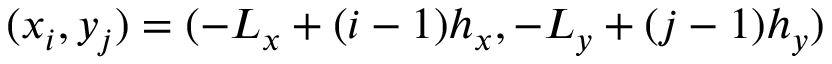
( x _ { i } , y _ { j } ) = ( - L _ { x } + ( i - 1 ) h _ { x } , - L _ { y } + ( j - 1 ) h _ { y } )